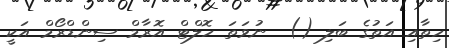
ހިތާއި އަތުގެ ބަލި ()  ނުވަތަ ހޮލްޓް އޮރާމް ސިންޑްރޯމް އަކީ